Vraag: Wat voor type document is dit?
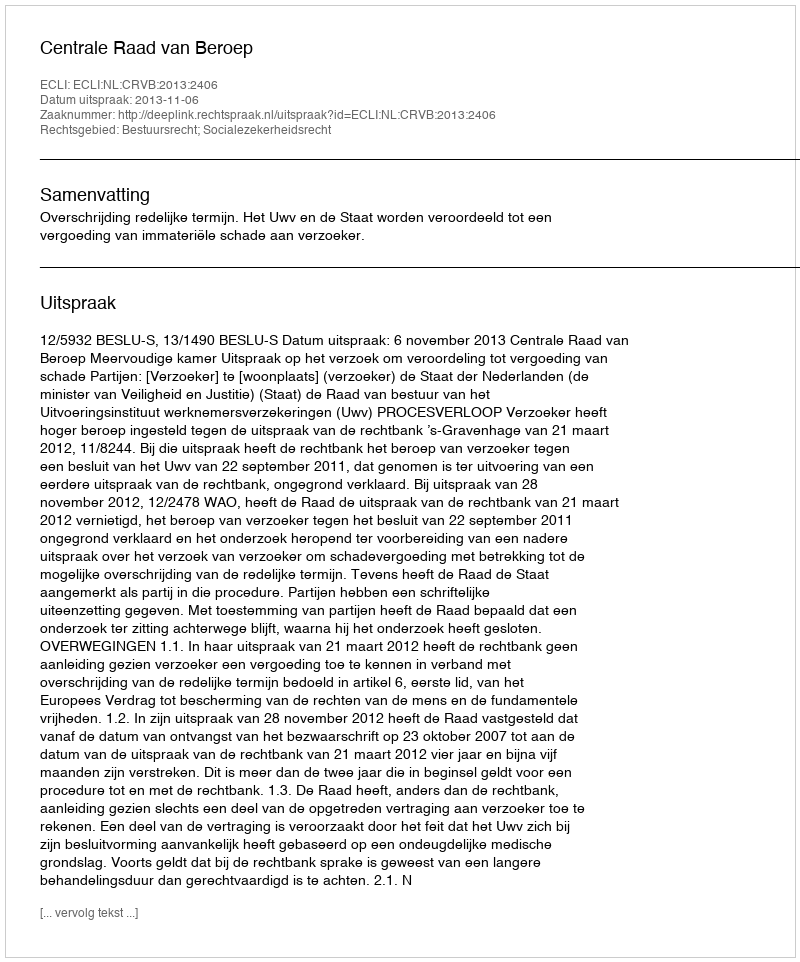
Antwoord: Uitspraak